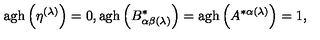
\mathrm { a g h } \left( \eta ^ { ( \lambda ) } \right) = 0 , \mathrm { a g h } \left( B _ { \alpha \beta ( \lambda ) } ^ { * } \right) = \mathrm { a g h } \left( A ^ { * \alpha ( \lambda ) } \right) = 1 ,